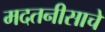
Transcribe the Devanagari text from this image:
मदतनीसाचे